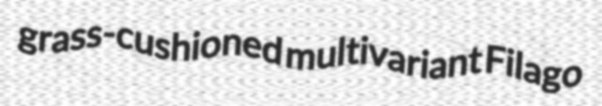
grass-cushioned multivariant Filago